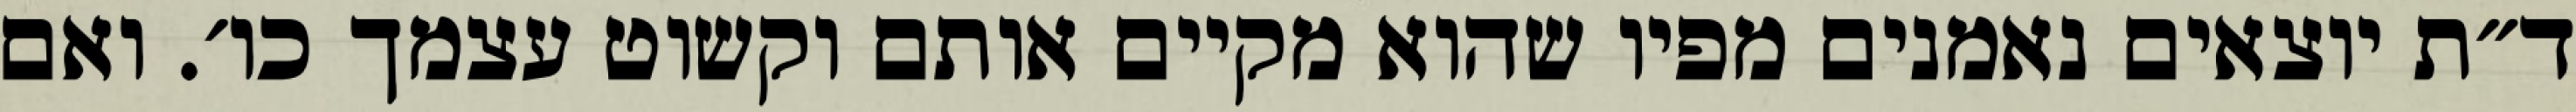
ד״ת יוצאים נאמנים מפיו שהוא מקיים אותם וקשוט עצמך כו׳. ואם